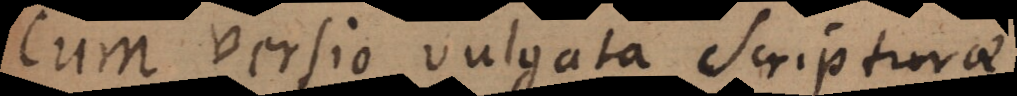
Cum versio vulgata Scripturae